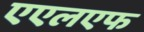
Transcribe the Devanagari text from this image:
एएलएफ